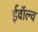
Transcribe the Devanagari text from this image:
ईवॉल्व